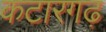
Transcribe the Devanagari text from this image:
कटारगढ़